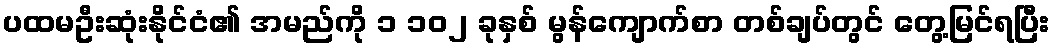
ပထမဦးဆုံးနိုင်ငံ၏ အမည်ကို ၁ ၁၀၂ ခုနှစ် မွန်ကျောက်စာ တစ်ချပ်တွင် တွေ့မြင်ရပြီး